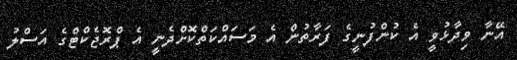
އޭނާ ވިދާޅުވީ އެ ކުންފުނީގެ ފަރާތުން އެ މަސައްކަތްކޮށްދެނީ އެ ޕްރޮޖެކްޓްގެ އަސްލު